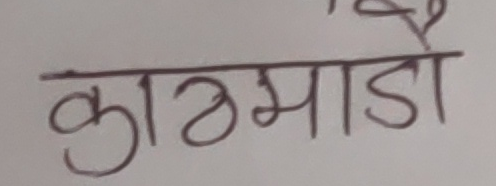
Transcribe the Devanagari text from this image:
काठमाडौ